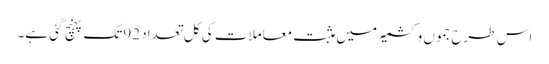
اس طرح جموں وکشمیر میں مثبت معاملات کی کل تعداد 92تک پہنچ گئی ہے۔